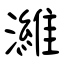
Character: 濰